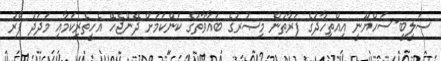
ޞަލީބީ-ސަހްޔޫނީ އިއްތިހާދުގެ ފަރާތުން މިޞުރުގެ ބަޣާވާތުގެ ކަންކަމަށް ދޭންޖެހޭ އެހީތެރިކަމާއި މަދަދު ފޯރު